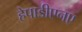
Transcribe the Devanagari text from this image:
हेपाडीएनए